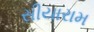
સીયારામ